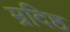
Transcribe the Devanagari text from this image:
म्रदिष्ठ